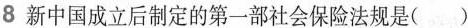
8 新中国成立后制定的第一部社会保险法规是( )